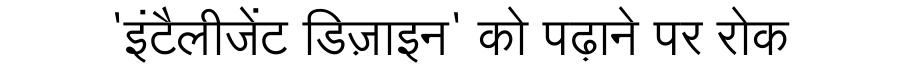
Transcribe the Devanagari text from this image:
'इंटैलीजेंट डिज़ाइन' को पढ़ाने पर रोक